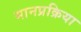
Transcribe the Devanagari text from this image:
मानप्रक्रिया